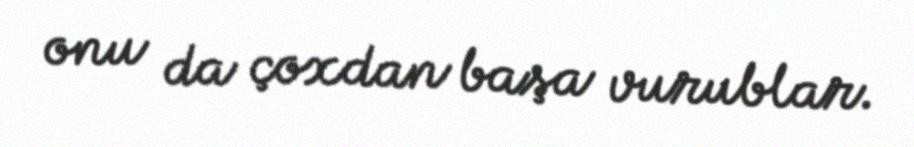
onu da çoxdan başa vurublar.